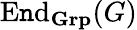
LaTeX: \operatorname{E\mathtt{n}d}_{\mathbf{{Grp}}}(G)